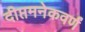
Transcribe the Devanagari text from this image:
दीप्तमनेकवर्णं